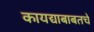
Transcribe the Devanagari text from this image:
कायद्याबाबतचे